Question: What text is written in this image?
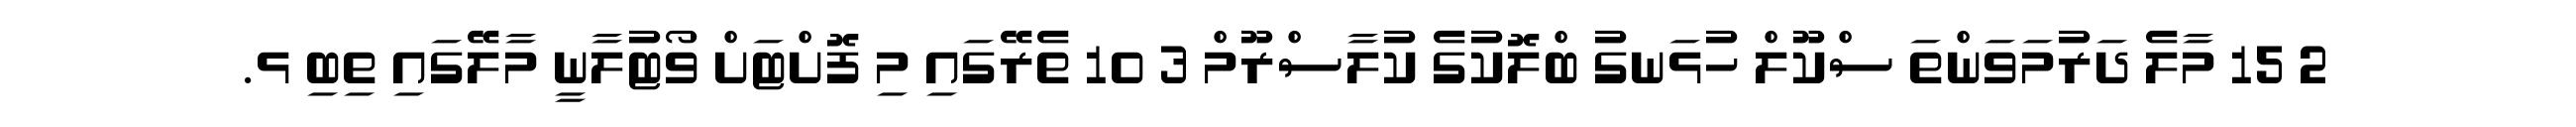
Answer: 2 15 މާލެ ދަރުމަވަންތަ ސްކޫލް ހުޅަނގު ބްލޮކުގެ ކުލާސްރޫމް 3 10 ތެރޭގައި މި ފޮށްޓަށް ވޯޓުލާނީ މާލޭގައި ތިބި ޅ.